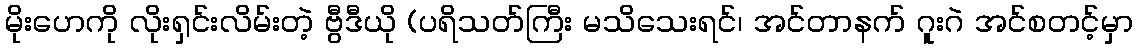
မိုးဟေကို လိုးရှင်းလိမ်းတဲ့ ဗွီဒီယို (ပရိသတ်ကြီး မသိသေးရင်၊ အင်တာနက် ဂူးဂဲ အင်စတင့်မှာ